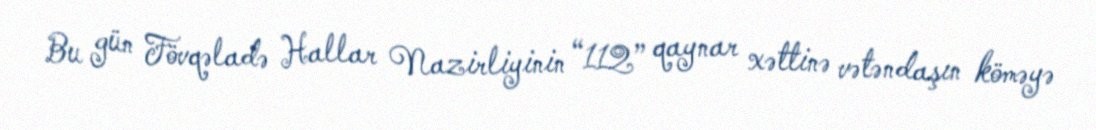
Bu gün Fövqəladə Hallar Nazirliyinin “112” qaynar xəttinə vətəndaşın köməyə